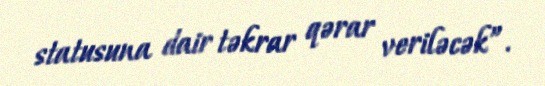
statusuna dair təkrar qərar veriləcək”.